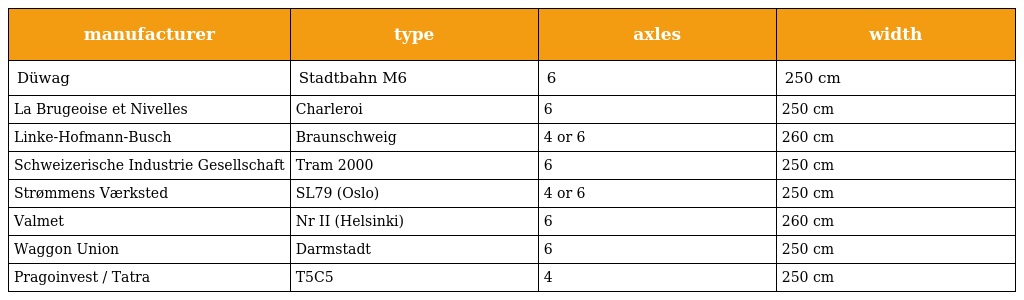
| manufacturer | type | axles | width |
 | --- | --- | --- | --- |
 | Düwag | Stadtbahn M6 | 6 | 250 cm |
 | La Brugeoise et Nivelles | Charleroi | 6 | 250 cm |
 | Linke-Hofmann-Busch | Braunschweig | 4 or 6 | 260 cm |
 | Schweizerische Industrie Gesellschaft | Tram 2000 | 6 | 250 cm |
 | Strømmens Værksted | SL79 (Oslo) | 4 or 6 | 250 cm |
 | Valmet | Nr II (Helsinki) | 6 | 260 cm |
 | Waggon Union | Darmstadt | 6 | 250 cm |
 | Pragoinvest / Tatra | T5C5 | 4 | 250 cm |